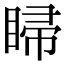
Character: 𥇳